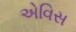
એવિસ